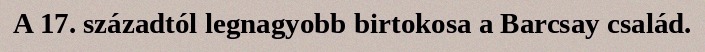
A 17. századtól legnagyobb birtokosa a Barcsay család.